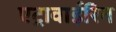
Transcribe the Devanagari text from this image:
एट्रावाईरिन